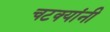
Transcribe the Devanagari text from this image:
चटक्‍यांनी